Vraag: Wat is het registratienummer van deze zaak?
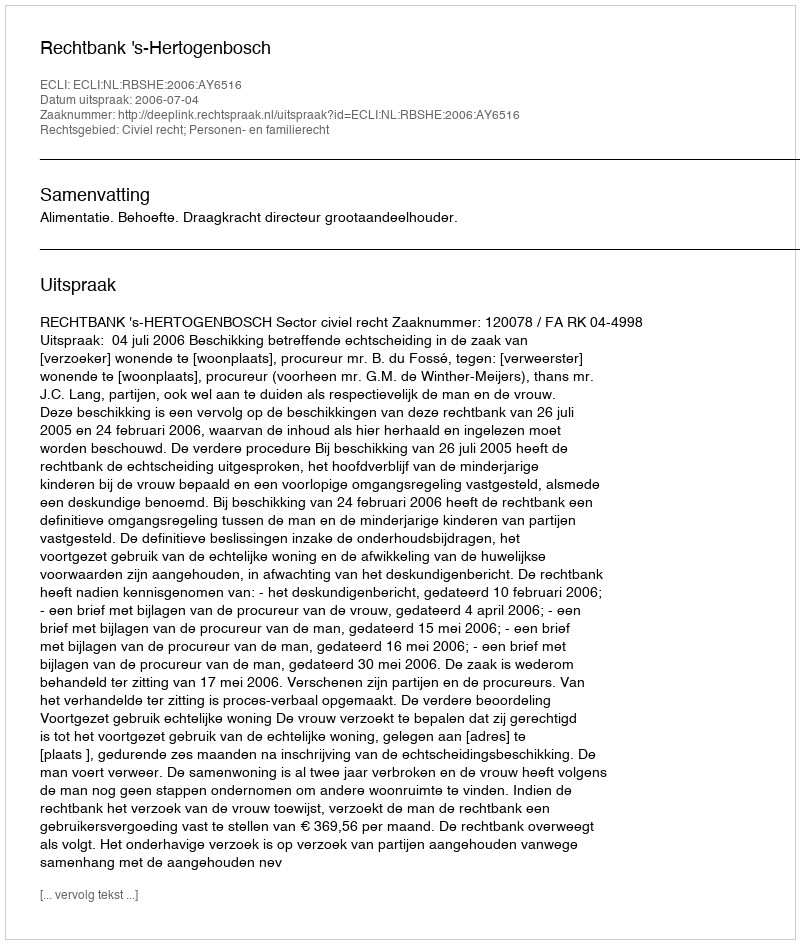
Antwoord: http://deeplink.rechtspraak.nl/uitspraak?id=ECLI:NL:RBSHE:2006:AY6516